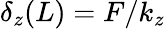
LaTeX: \delta_{z}(L)=F/k_{z}